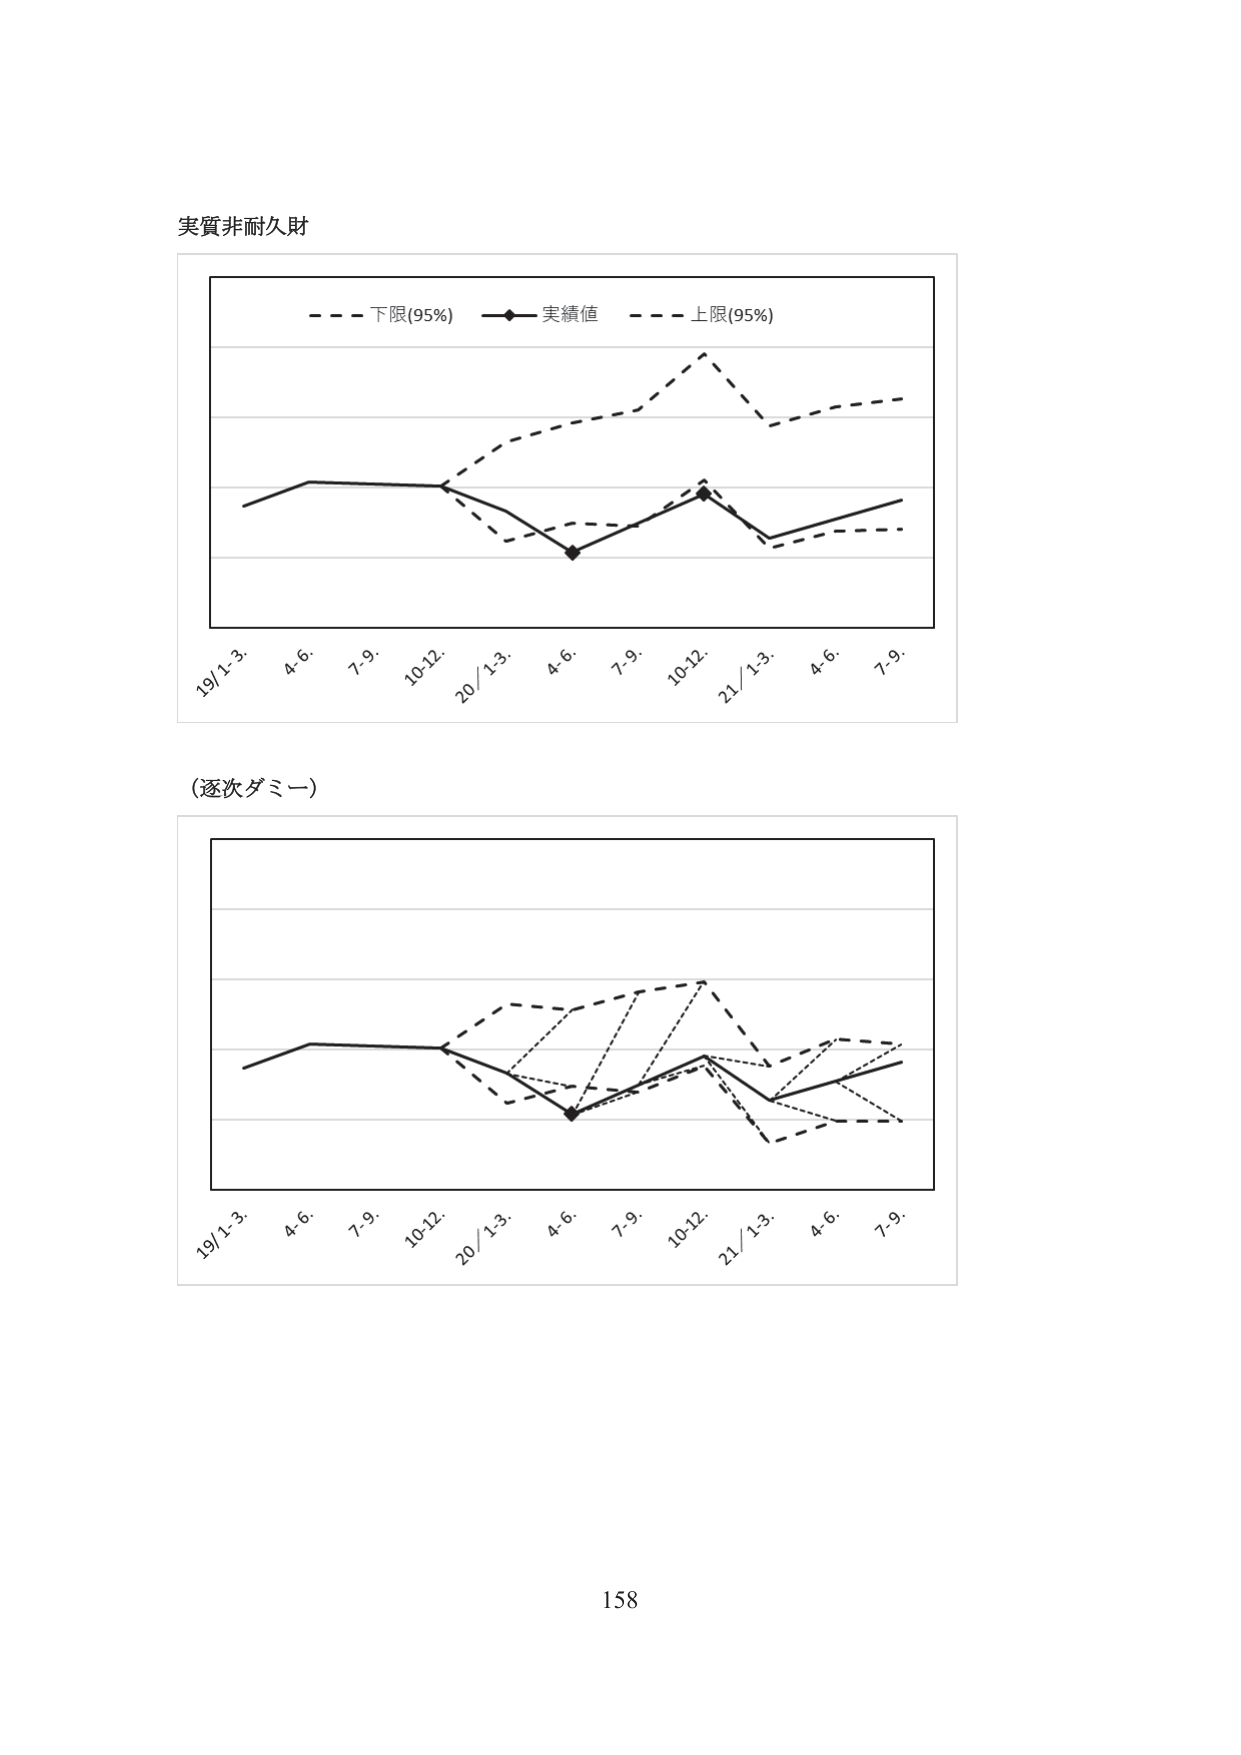
実質非耐久財

- - - 下限(95%)  —◆— 実績値  - - - 上限(95%)

19/1-3.  4.6.  7.9.  10-12.  20/1-3.  4.6.  7.9.  10-12.  21/1-3.  4.6.  7.9.

(逐次ダミー)

19/1-3.  4.6.  7.9.  10-12.  20/1-3.  4.6.  7.9.  10-12.  21/1-3.  4.6.  7.9.

158